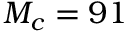
M _ { c } = 9 1